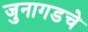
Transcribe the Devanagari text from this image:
जुनागडचे